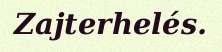
Zajterhelés.